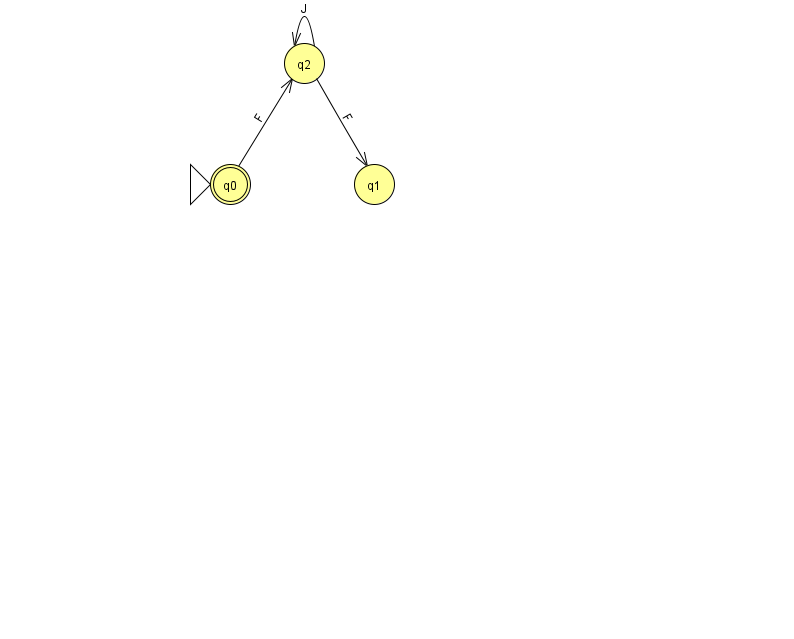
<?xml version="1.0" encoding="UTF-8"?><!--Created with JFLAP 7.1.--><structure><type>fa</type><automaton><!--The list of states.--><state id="0" name="q0"><x>230.0</x><y>171.0</y><initial/><final/></state><state id="1" name="q1"><x>374.0</x><y>171.0</y></state><state id="2" name="q2"><x>304.0</x><y>50.0</y></state><!--The list of transitions.--><transition><from>2</from><to>1</to><read>F</read></transition><transition><from>2</from><to>2</to><read>J</read></transition><transition><from>0</from><to>2</to><read>F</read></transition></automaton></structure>